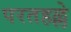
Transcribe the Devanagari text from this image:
परतहल्ले